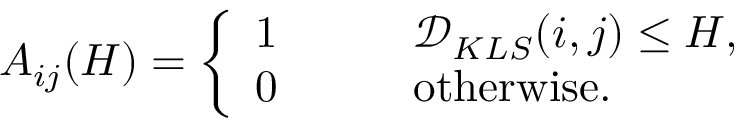
A _ { i j } ( H ) = \left\{ \begin{array} { l l } { 1 \qquad } & { \mathcal { D } _ { K L S } ( i , j ) \leq H , } \\ { 0 } & { \mathrm { o t h e r w i s e } . } \end{array} \right.